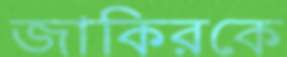
জাকিরকে